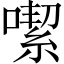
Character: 噄